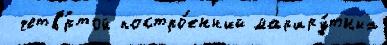
 четв'́ртой постро́енный маршру́тных